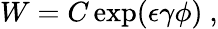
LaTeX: W=C\exp(\epsilon\gamma\phi)~,